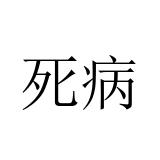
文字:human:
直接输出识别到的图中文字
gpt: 死病